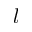
l